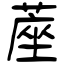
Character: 蓙